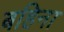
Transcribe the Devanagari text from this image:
बहिना